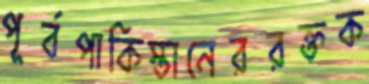
পূর্বপাকিস্তানেররক্তক